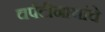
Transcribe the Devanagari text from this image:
चर्पटीनाथांचे